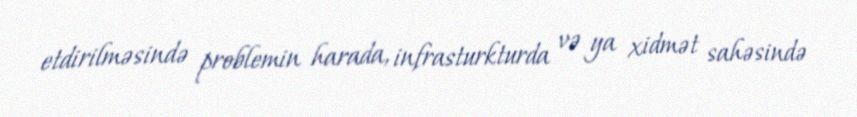
etdirilməsində problemin harada, infrasturkturda və ya xidmət sahəsində